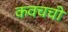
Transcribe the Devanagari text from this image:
कवचची